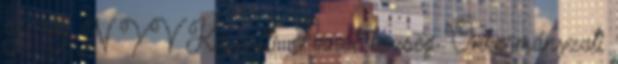
K Ö N Y V Készült: Arnót község Önkormányzati